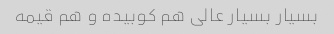
بسیار بسیار عالی هم کوبیده و هم قیمه